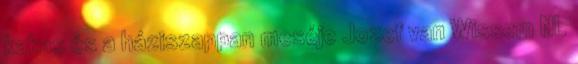
kakas és a háziszappan meséje Jozef van Wissem NL